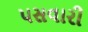
પસવારી